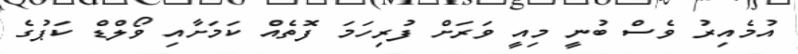
އުމެއިރު ވެސް ބުނީ މިއީ ވަރަށް ފުރިހަމަ ފޮތެއް ކަމަށާއި ވޯލްޑް ކަޕުގެ